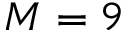
M = 9